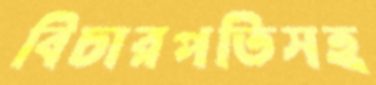
বিচারপতিসহ